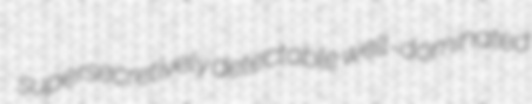
supersecretively detectable well-dominated